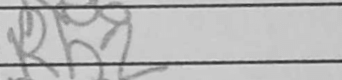
Transcription: Rh2